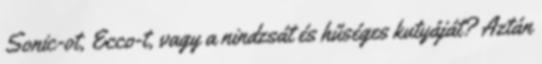
Sonic-ot, Ecco-t, vagy a nindzsát és hűséges kutyáját? Aztán